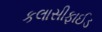
કલાસીફાઈડ